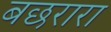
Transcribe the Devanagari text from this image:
बछरारा